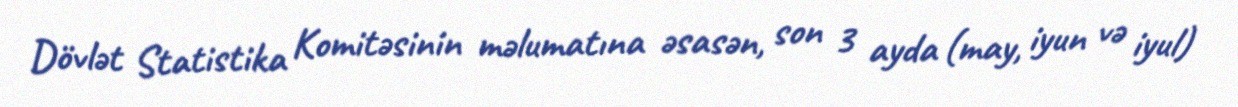
Dövlət Statistika Komitəsinin məlumatına əsasən, son 3 ayda (may, iyun və iyul)